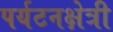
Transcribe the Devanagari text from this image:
पर्यटनक्षेत्री